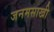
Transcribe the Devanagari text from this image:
जनमसाखी